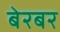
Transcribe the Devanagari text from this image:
बेरबर